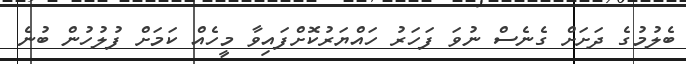
ބެލުމުގެ ދަށަށް ގެނެސް ނުވަ ފަހަރު ހައްޔަރުކޮށްފައިވާ މީހެއް ކަމަށް ފުލުހުން ބުނެ